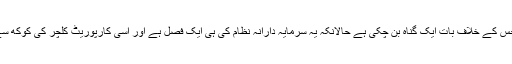
جمہوریت ایک مستند حکومتی نظام ہے جس کے خلاف بات ایک گناہ بن چکی ہے حالانکہ یہ سرمایہ دارانہ نظام کی ہی ایک فصل ہے اور اسی کارپوریٹ کلچر کی کوکھ سے پیدا ہو کر اسی نظام کا تحفظ کرتی ہے۔